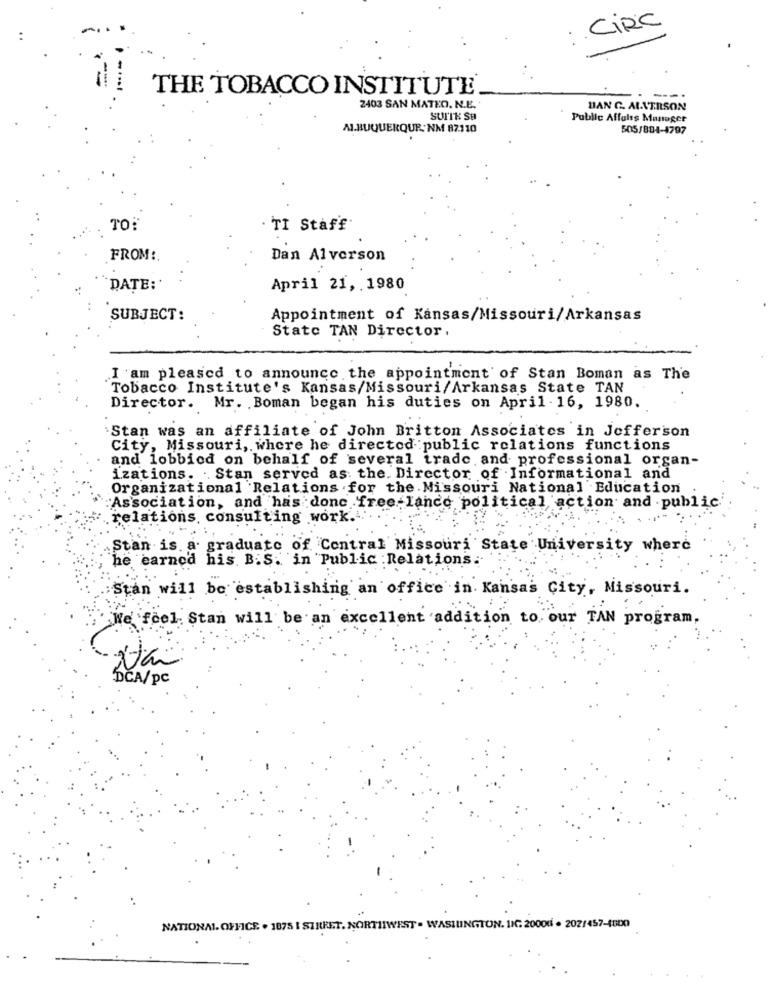
CIRC
THE TOBACCO INSTITUTE
2403 SAN MATEO. N.E.
DAN G. ALVTRSON
SUITE SE
Public Affairs Manager
ALBUQUERQUE NM 87110
505/884-4797
TO:
. TI Staff
FROM :.
Dan Alverson
`DATE:'
April 21, . 1980
SUBJECT:
Appointment of Kansas/Missouri/Arkansas
State TAN Director
I am pleased to announce the appointment of Stan Boman as The
Tobacco Institute's Kansas/Missouri/Arkansas State TAN
Director. Mr. Boman began his duties on April - 16, 1980.
Stan was an affiliate of John Britton Associates in Jefferson
City, Missouri, where he directed public relations functions
and lobbied on behalf of several trade and professional organ-
izations. .. Stan served as: the. Director of Informational and
Organizational 'Relations . for the . Missouri National Education
Association, and has donc free lance political action and public.
relations, consulting work.
Stan is. a graduate of Central Missouri State University where
he earned his. B.S. in Public Relations.
Stan will be establishing an office in Kansas City, Missouri.
We feel Stan will be an excellent addition to our TAN program,
xtai
DCA/pc
NATIONAL OFFICE . 1875 | STREET. NORTHWEST . WASHINGTON. DIC 20000 . 202/457-4000